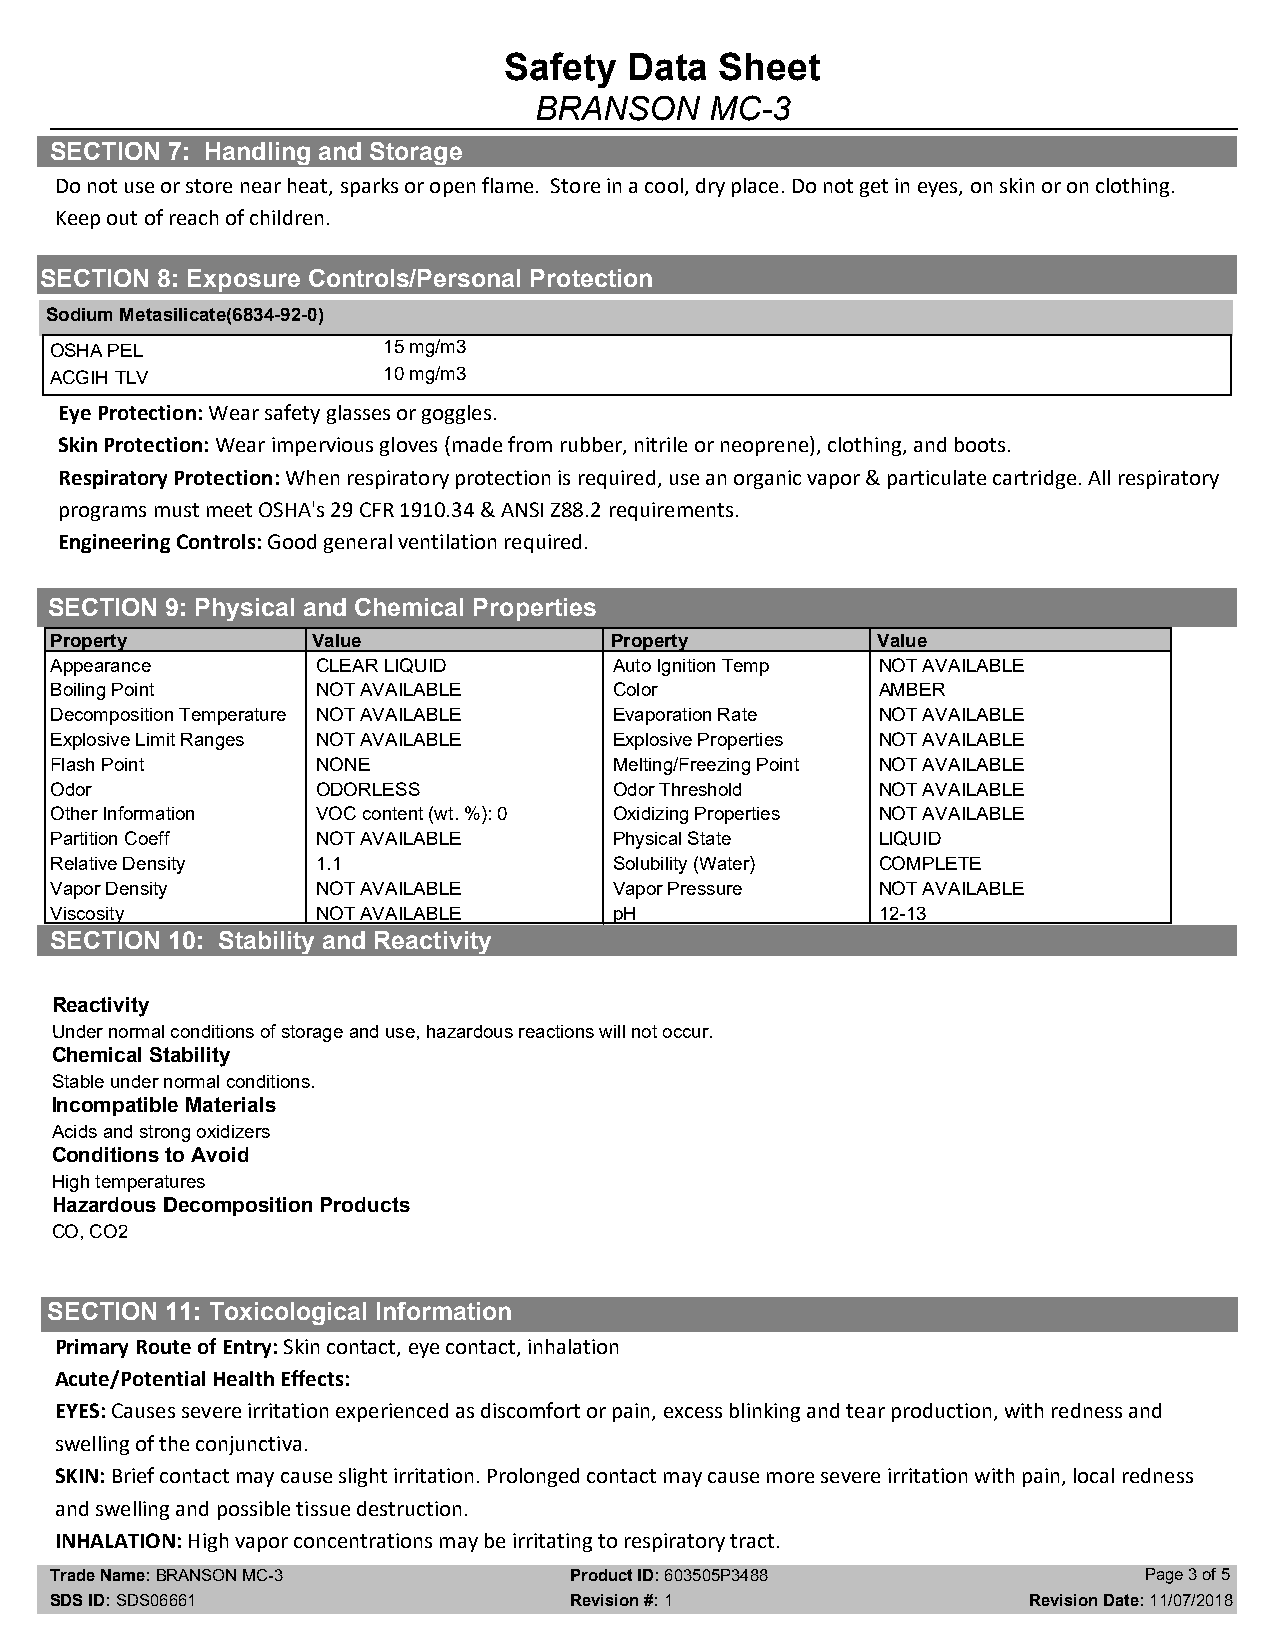
Safety   Data  Sheet                          1.00
 ENG
 BRANSON     MC-3
 2.00
 SECTION 7: Handling and Storage
 Do not use or store near heat, sparks or open flame. Store in a cool, dry place. Do not get in eyes, on skin or on clothing.
 Keep out of reach of children.
 SECTION 8: Exposure Controls/Personal Protection
 Sodium Metasilicate(6834-92-0)
 OSHA PEL              15 mg/m3
 ACGIH TLV             10 mg/m3
 Eye Protection: Wear safety glasses or goggles.
 Skin Protection: Wear impervious gloves (made from rubber, nitrile or neoprene), clothing, and boots.
 Respiratory Protection: When respiratory protection is required, use an organic vapor & particulate cartridge. All respiratory
 programs must meet OSHA's 29 CFR 1910.34 & ANSI Z88.2 requirements.
 Engineering Controls: Good general ventilation required.
 SECTION 9: Physical and Chemical Properties
 Property          Value              Property          Value
 Appearance        CLEAR LIQUID        Auto Ignition Temp NOT AVAILABLE
 Boiling Point     NOT AVAILABLE       Color            AMBER
 Decomposition Temperature NOT AVAILABLE Evaporation Rate NOT AVAILABLE
 Explosive Limit Ranges NOT AVAILABLE  Explosive Properties NOT AVAILABLE
 Flash Point       NONE                Melting/Freezing Point NOT AVAILABLE
 Odor              ODORLESS            Odor Threshold   NOT AVAILABLE
 Other Information VOC content (wt. %): 0 Oxidizing Properties NOT AVAILABLE
 Partition Coeff   NOT AVAILABLE       Physical State   LIQUID
 Relative Density  1.1                 Solubility (Water) COMPLETE
 Vapor Density     NOT AVAILABLE       Vapor Pressure   NOT AVAILABLE
 Viscosity         NOT AVAILABLE       pH               12-13
 SECTION 10: Stability and Reactivity
 SECTION   10: Stability and Reactivity
 Reactivity
 Under normal conditions of storage and use, hazardous reactions will not occur.
 Chemical Stability
 Stable under normal conditions.
 Incompatible Materials
 Acids and strong oxidizers
 Conditions to Avoid
 High temperatures
 Hazardous Decomposition Products
 CO, CO2
 SECTION 11: Toxicological Information
 Primary Route of Entry: Skin contact, eye contact, inhalation
 Acute/Potential Health Effects:
 EYES: Causes severe irritation experienced as discomfort or pain, excess blinking and tear production, with redness and
 swelling of the conjunctiva.
 SKIN: Brief contact may cause slight irritation. Prolonged contact may cause more severe irritation with pain, local redness
 and swelling and possible tissue destruction.
 INHALATION: High vapor concentrations may be irritating to respiratory tract.
 Trade Name: BRANSON MC-3           Product ID: 603505P3488               Page 3 of 5
 SDS ID: SDS06661                   Revision #: 1                 Revision Date: 11/07/2018